Laimjala_vallavalitsus, lk 7
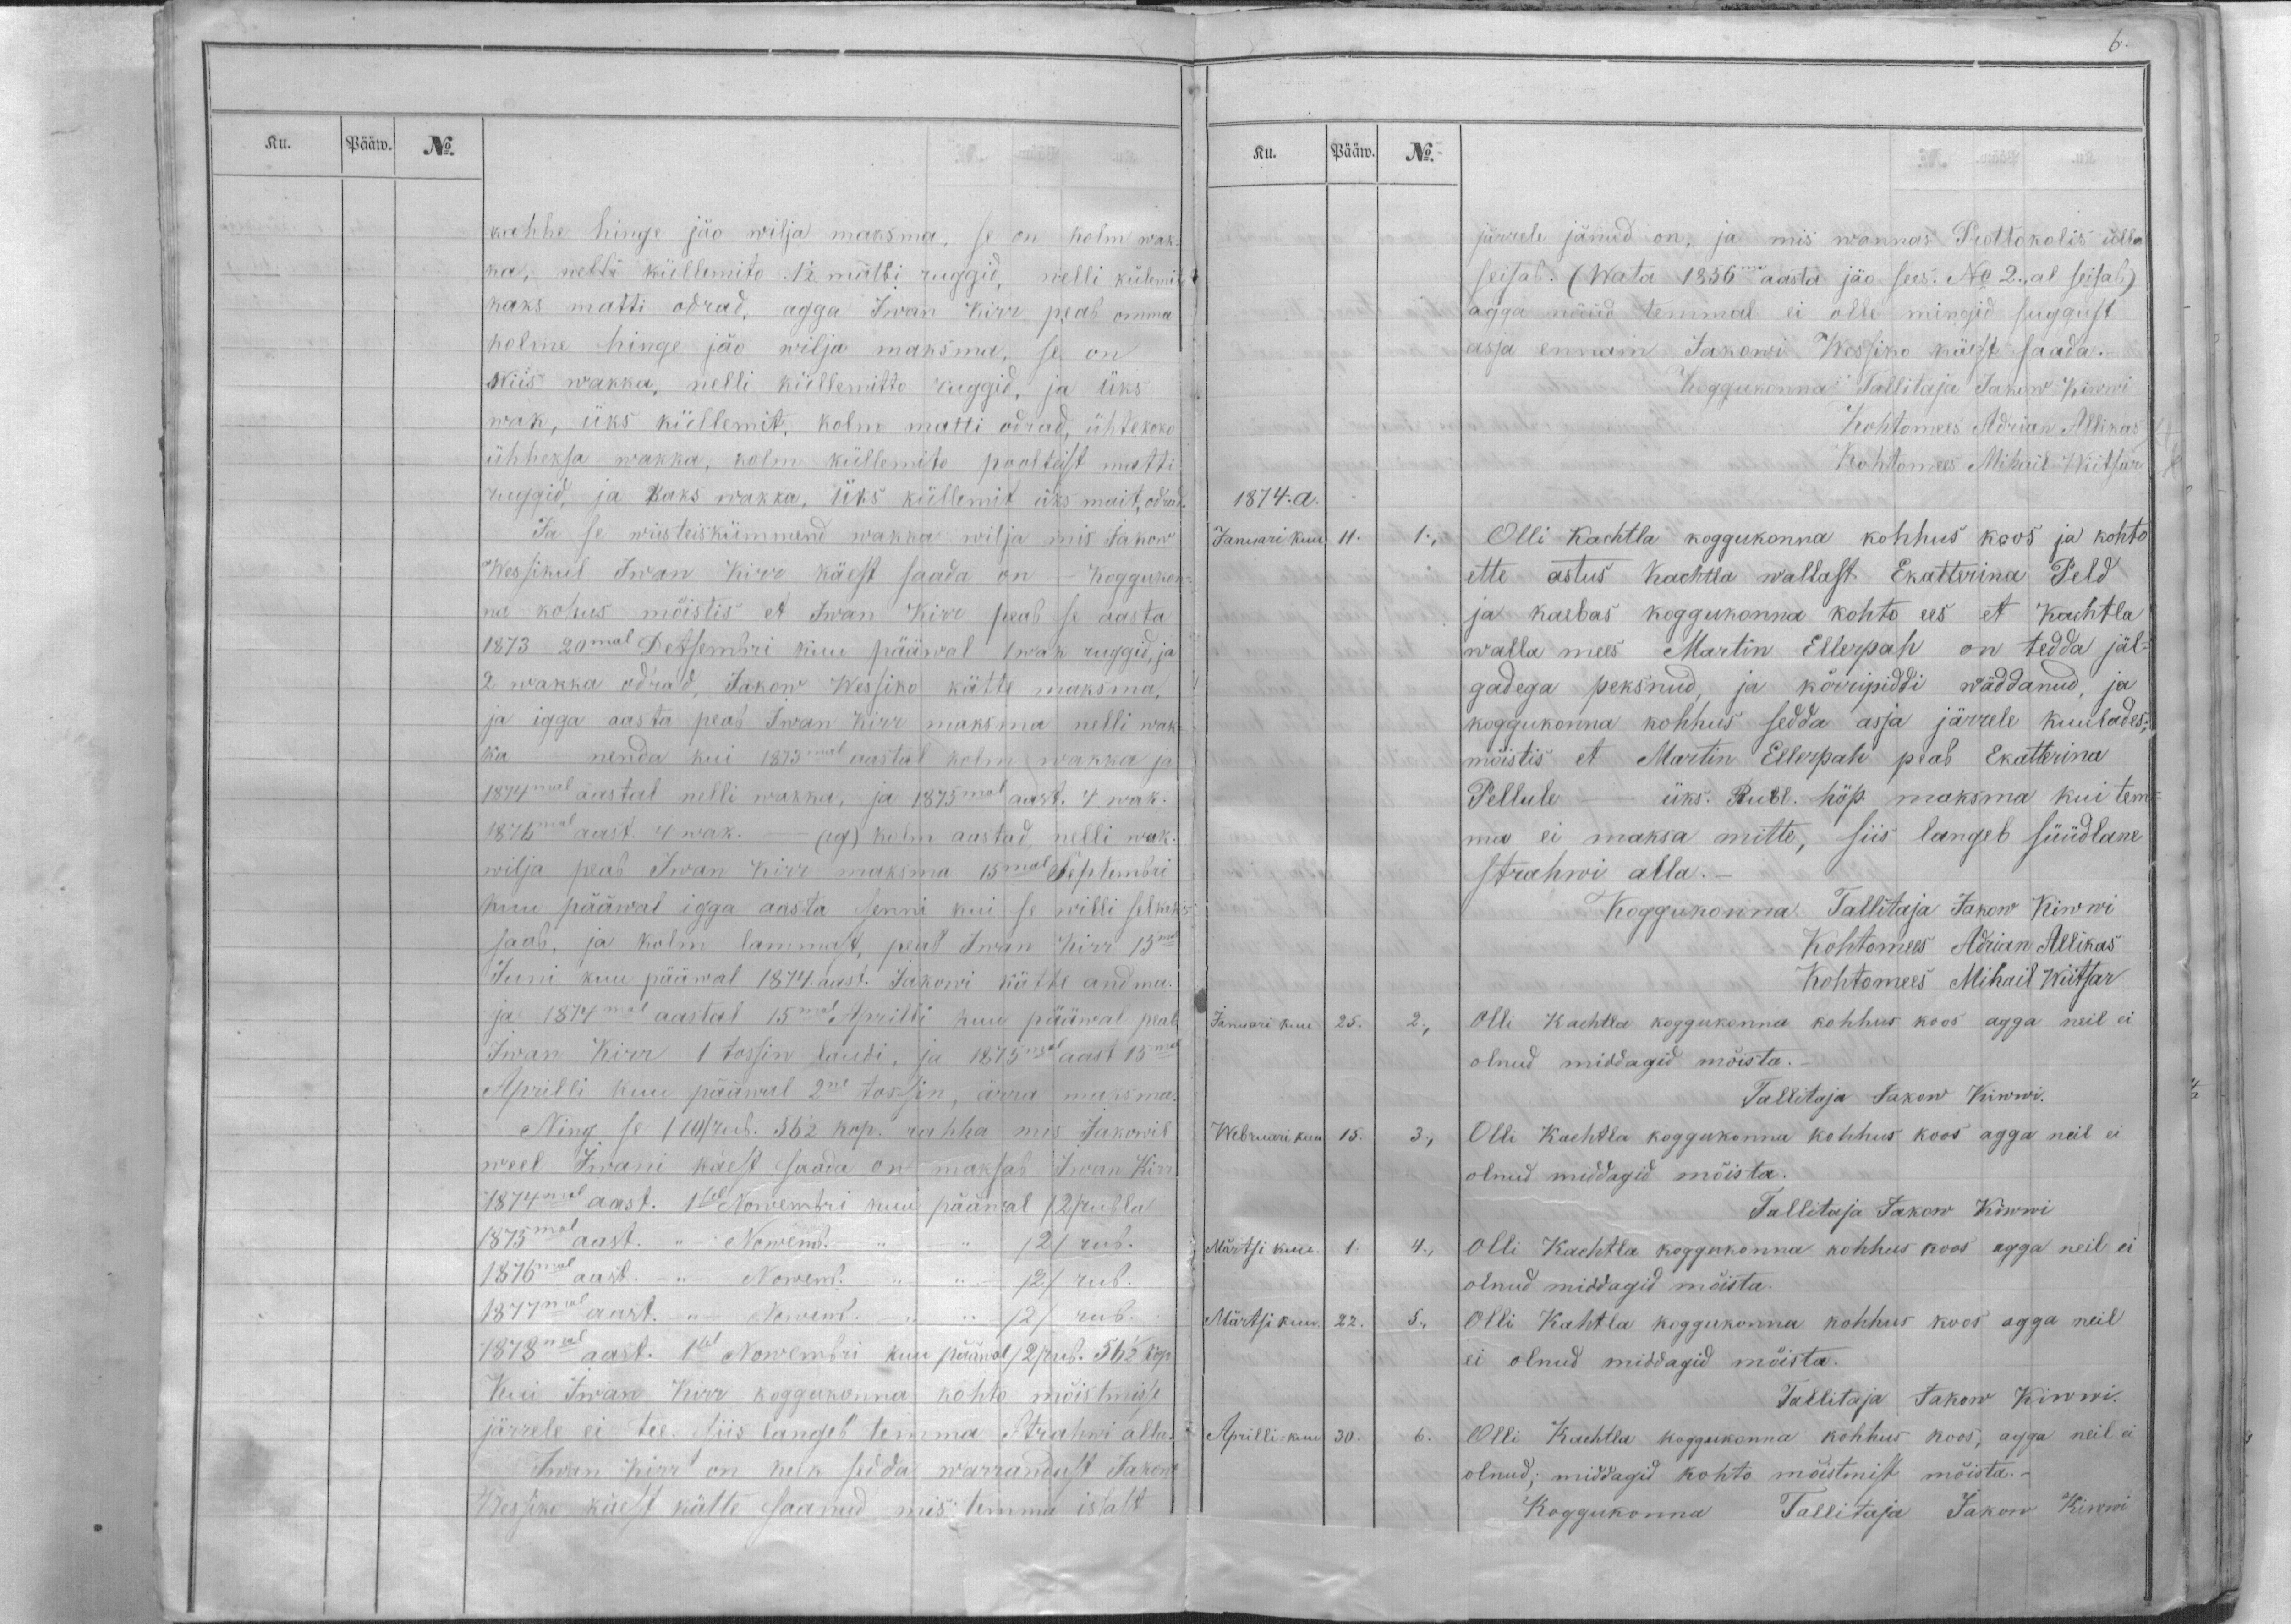
Ku.
Pääw.
No.

kahhe hinge jäo wilja maksma, se on kolm wak-
na, nelli küllemito 1 1/2 matti ruggid, nelli külemito
kaks matti odrad, agga Iwan Kirr peab omma
kolme hinge jäo wilja maksma, se on
wiis wakka, nelli küllemitto ruggid, ja üks
wak, üks küllemit, kolm matti odrad, ühtekoko
ühheksa wakka, kolm küllemito poolteist matti
ruggid, ja kaks wakka, üks küllemit üks mait, odrad.
Ja se wiisteiskümmend wakka wilja mis Jakow
Wessikul Iwan Kirre käest saada on - Koggukon-
na kohus mõistis et Iwan Kirr peab se aasta
1873 20mal Detsembri kuu pääwal 1 wak ruggid, ja
2 wakka odrad, Jakow Wessiko kätte maksma,
ja igga aasta peab Iwan Kirr maksma nelli wak-
ka nenda kui 1873mal aastal kolm wakka ja
1874mal aastal nelli wakka, ja 1875mal aast. 4. wak.
1876mal aast. 4 wak. - (eg) kolm aastad, nelli wak.
wilja peab Iwan  Kirr maksma 15mal Septembri
kuu pääwal igga aasta senni kui se willi selkeks
saab, ja kolm lammast, peab Iwan Kirr 13mal
Juni kuu pääwal 1874. aast. Jakowi kätte andma.
ja 1874mal aastal 15mal Aprilli kuu pääwal peab
Iwan Kirr 1 tossin laudi, ja 1875mal aast 15mal
Aprilli kuu pääwal 2ne tossin, ärra maksma.
Ning se /10/ rub. 56 1/2 kop. rahha mis Jakowil
weel Iwani käest saada on maksab Iwan Kirr
1874mal aast. 1sel Nowembri kuu pääwal /2/ rubla
1875mal aast. ,, - Nowemb. ,, - ,, /2/ rub.
1876mal aast. - ,, -  Nowemb. - ,, ,, - /2/ rub.
1877mal aast. - ,,- Nowemb. -  ,, ,, - /2/ rub.
1878mal aast. 1sel Nowembri kuu pääwal /2/ rub. 56 1/2 kop.
Kui Iwan Kirr koggukonna kohto mõistmisse
järrele ei tee siis langeb temma Strahwi alla.
Iwan Kirr on keik sedda warrandust Jakow
Wessiko käest kätte saanud mis temma issalt

Ku.
Pääw.
No.
järrele jänud on, ja mis wannas Prottokolis ülla
seisab. (Wata 1856ma aasta jäo sees. No 2,, al seisab)
agga nüüd temmal ei olle mingid suggust
asja ennam Jakowi Wessiko käest saada.
Koggukonna Tallitaja Jakow Kiwwi
Kohtomees Adrian Allikas
Kohtomees Mihail Wiitsar
1874.a.
Januari kuu
11.
1.,
Olli Kachtla koggukonna kohhus koos ja kohto
ette astus Kachtla wallast Ekatterina Peld
ja kaebas koggukonna kohto ees et Kachtla
walla mees Martin Ellerpah on tedda jäl-
gadega peksnud, ja kõrripiddi wäddanud ja
koggukonna kohhus sedda asja järrele kuulades;
mõistis et Martin Ellerpah peab Ekatterina
Pellule - üks Rubl. höp. maksma kui tem-
ma ei maksa mitte, siis langeb süüdlane
Strahwi alla._
Koggukonna Tallitaja Jakow Kiwwi
Kohtomees Adrian Allikas
Kohtomees Mihail Wiitsar
Januari kuu
25.
2.,
Olli Kachtla koggukonna kohhus koos agga neil ei
olnud middagid mõista.
Tallitaja Jakow Kiwwi.
Webruari kuu
15.
3.,
Olli Kachtla koggukonna kohhus koos agga neil ei
olnud middagid mõista.
Tallitaja Jakow Kiwwi
Märtsi kuu
1.
4.,
Olli Kaohtla koggokonna kohhus koos agga neil ei
olnud middagid mõista.
Märtsi kui
22
5.,
Olli Kachtla koggukonna kohhus koos agga neil
ei olnud middagid mõista.
Tallitaja Jakow Kiwwi.
Aprilli-kuu
30.
6.
Olli Kachtla koggukonna kohhus koos, agga neil ei
olnud; middagid kohto mõistmist mõista.-
Koggukonna Tallitaja Jakow Kiwwi